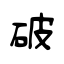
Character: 破